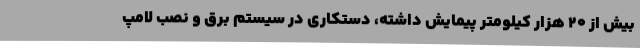
بیش از ۲۰ هزار کیلومتر پیمایش داشته، دستکاری در سیستم برق و نصب لامپ